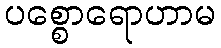
ပစ္စောရောဟာမ